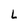
Character: L